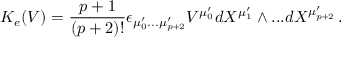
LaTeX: K _ { e } ( V ) = \frac { p + 1 } { ( p + 2 ) ! } \epsilon _ { \mu _ { 0 } ^ { \prime } . . . \mu _ { p + 2 } ^ { \prime } } V ^ { \mu _ { 0 } ^ { \prime } } d X ^ { \mu _ { 1 } ^ { \prime } } \wedge . . . d X ^ { \mu _ { p + 2 } ^ { \prime } } \, .